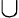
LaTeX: \cup